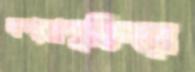
তথ্যপ্রযুক্তিতে